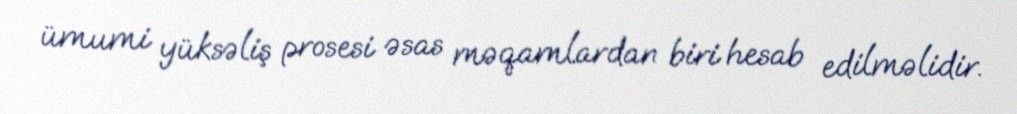
ümumi yüksəliş prosesi əsas məqamlardan biri hesab edilməlidir.